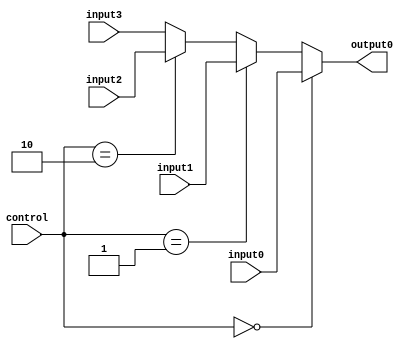
`timescale 1ns / 1ps
//////////////////////////////////////////////////////////////////////////////////
// Company: 
// Engineer: 
// 
// Design Name: 
// Module Name:    MUX4to1_4bits 
// Project Name: 
// Target Devices: 
// Tool versions: 
// Description: 
//
// Dependencies: 
//
// Revision: 
// Revision 0.01 - File Created
// Additional Comments: 
//
//////////////////////////////////////////////////////////////////////////////////
module MUX4to1_4bits(input0,input1,input2,input3,output0,control);
	input[3:0] input0,input1,input2,input3;
	output[3:0] output0;
	input[1:0] control;
	
	assign output0 = (control == 2'b00)? input0 :
						  (control == 2'b01)? input1 :
						  (control == 2'b10)? input2 : input3;

endmodule